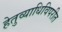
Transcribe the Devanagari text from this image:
हेतुव्याधिविपरीत